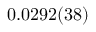
0 . 0 2 9 2 ( 3 8 )